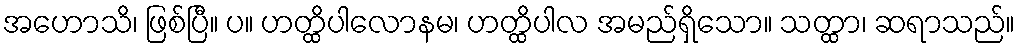
အဟောသိ၊ ဖြစ်ပြီ။ ပ။ ဟတ္ထိပါလောနမ၊ ဟတ္ထိပါလ အမည်ရှိသော။ သတ္ထာ၊ ဆရာသည်။